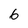
Character: 6